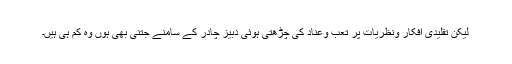
لیکن تقلیدی افکار ونظریات پر تعب وعناد کی چڑھتی ہوئی دبیز چادر کے سامنے جتنی بھی ہوں وہ کم ہی ہیں۔